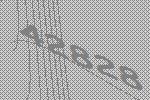
42828